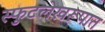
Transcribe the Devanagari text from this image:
स्फुटलेखरूपात